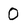
Character: O